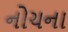
નોચના